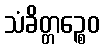
သံခိတ္တဉ္စေဝ